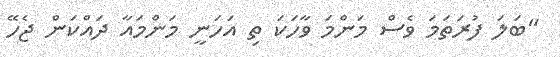
"ބަލަ ފުރަތަމަ ވެސް މަންމަ ވާހަކަ ތި އަހަނީ މަންމައާ ދައްކަން ޖެހޭ